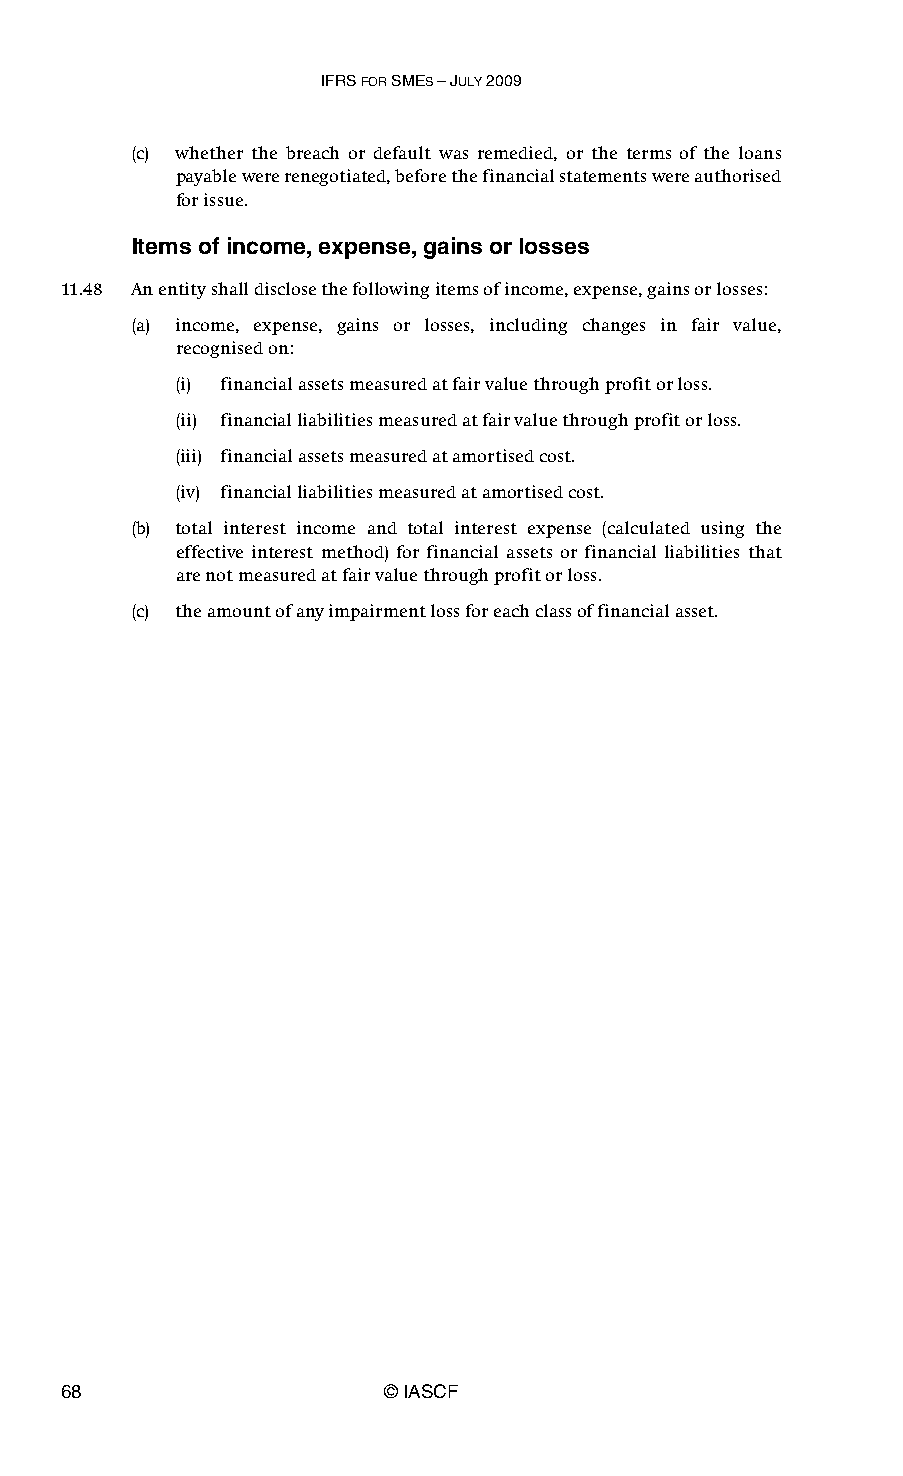
IFRS FOR SMES – JULY 2009
 (c) whether the breach or default was remedied, or the terms of the loans
 payable were renegotiated, before the financial statements were authorised
 for issue.
 Items of income, expense, gains or losses
 11.48 An entity shall disclose the following items of income, expense, gains or losses:
 (a) income, expense, gains or losses, including changes in fair value,
 recognised on:
 (i) financial assets measured at fair value through profit or loss.
 (ii) financial liabilities measured at fair value through profit or loss.
 (iii) financial assets measured at amortised cost.
 (iv) financial liabilities measured at amortised cost.
 (b) total interest income and total interest expense (calculated using the
 effective interest method) for financial assets or financial liabilities that
 are not measured at fair value through profit or loss.
 (c) the amount of any impairment loss for each class of financial asset.
 68                    © IASCF